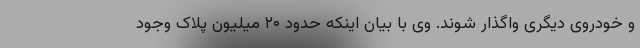
و خودروی دیگری واگذار شوند. وی با بیان اینکه حدود ۲۰ میلیون پلاک وجود